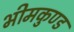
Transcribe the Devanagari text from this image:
भीमकुण्ड